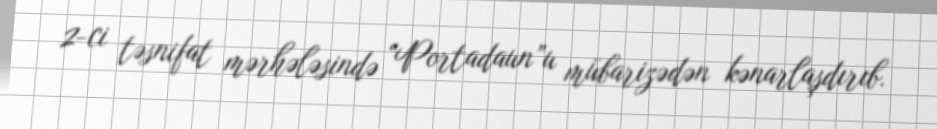
2-ci təsnifat mərhələsində “Portadaun”u mübarizədən kənarlaşdırıb.